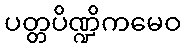
ပတ္တပိဏ္ဍိကမေဝ